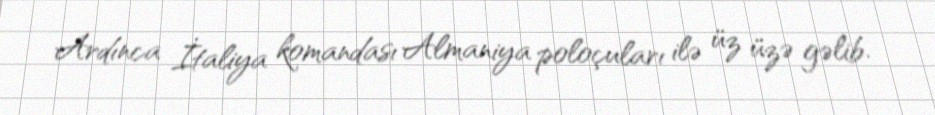
Ardınca İtaliya komandası Almaniya poloçuları ilə üz üzə gəlib.